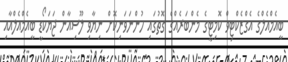
ބީއެމްއެލްގެ އެގްޒެކްޓިވް ކޮމިޓީގެ މެންބަރެއްގެ ގޮތުގައި ހުންނަވަނިކޮށް ނިޔާވި ލޫސިއާން ޖަޔަކޯޑީ ބީއެމްއެލްއާއި